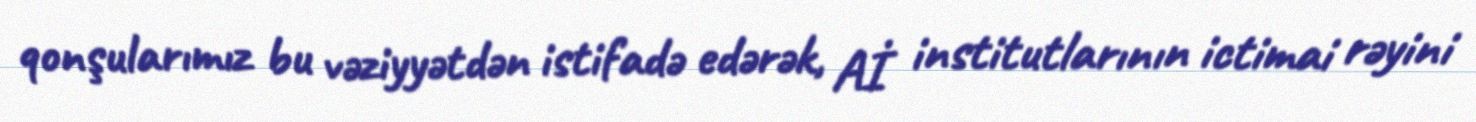
qonşularımız bu vəziyyətdən istifadə edərək, Aİ institutlarının ictimai rəyini